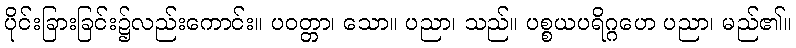
ပိုင်းခြားခြင်း၌လည်းကောင်း။ ပဝတ္တာ၊ သော။ ပညာ၊ သည်။ ပစ္စယပရိဂ္ဂဟေ ပညာ၊ မည်၏။